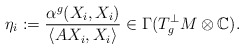
\begin{align*} \eta_i:=\frac{\alpha^g(X_i,X_i)}{\langle AX_i,X_i\rangle}\in\Gamma(T^\perp_g M\otimes\mathbb{C}).\end{align*}